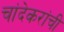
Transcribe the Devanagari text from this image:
चांदेकरांची